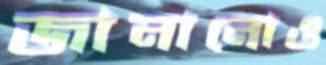
জানানোও